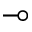
\multimap